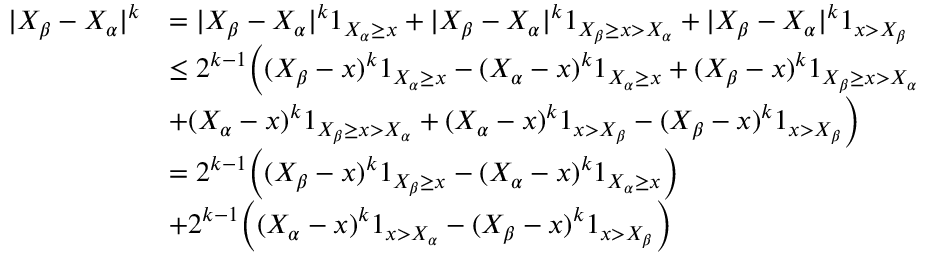
\begin{array} { r l } { | X _ { \beta } - X _ { \alpha } | ^ { k } } & { = | X _ { \beta } - X _ { \alpha } | ^ { k } 1 _ { X _ { \alpha } \geq x } + | X _ { \beta } - X _ { \alpha } | ^ { k } 1 _ { X _ { \beta } \geq x > X _ { \alpha } } + | X _ { \beta } - X _ { \alpha } | ^ { k } 1 _ { x > X _ { \beta } } } \\ & { \leq 2 ^ { k - 1 } \Big ( ( X _ { \beta } - x ) ^ { k } 1 _ { X _ { \alpha } \geq x } - ( X _ { \alpha } - x ) ^ { k } 1 _ { X _ { \alpha } \geq x } + ( X _ { \beta } - x ) ^ { k } 1 _ { X _ { \beta } \geq x > X _ { \alpha } } } \\ & { + ( X _ { \alpha } - x ) ^ { k } 1 _ { X _ { \beta } \geq x > X _ { \alpha } } + ( X _ { \alpha } - x ) ^ { k } 1 _ { x > X _ { \beta } } - ( X _ { \beta } - x ) ^ { k } 1 _ { x > X _ { \beta } } \Big ) } \\ & { = 2 ^ { k - 1 } \Big ( ( X _ { \beta } - x ) ^ { k } 1 _ { X _ { \beta } \geq x } - ( X _ { \alpha } - x ) ^ { k } 1 _ { X _ { \alpha } \geq x } \Big ) } \\ & { + 2 ^ { k - 1 } \Big ( ( X _ { \alpha } - x ) ^ { k } 1 _ { x > X _ { \alpha } } - ( X _ { \beta } - x ) ^ { k } 1 _ { x > X _ { \beta } } \Big ) } \end{array}